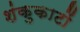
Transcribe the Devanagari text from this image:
शंकुकाटों